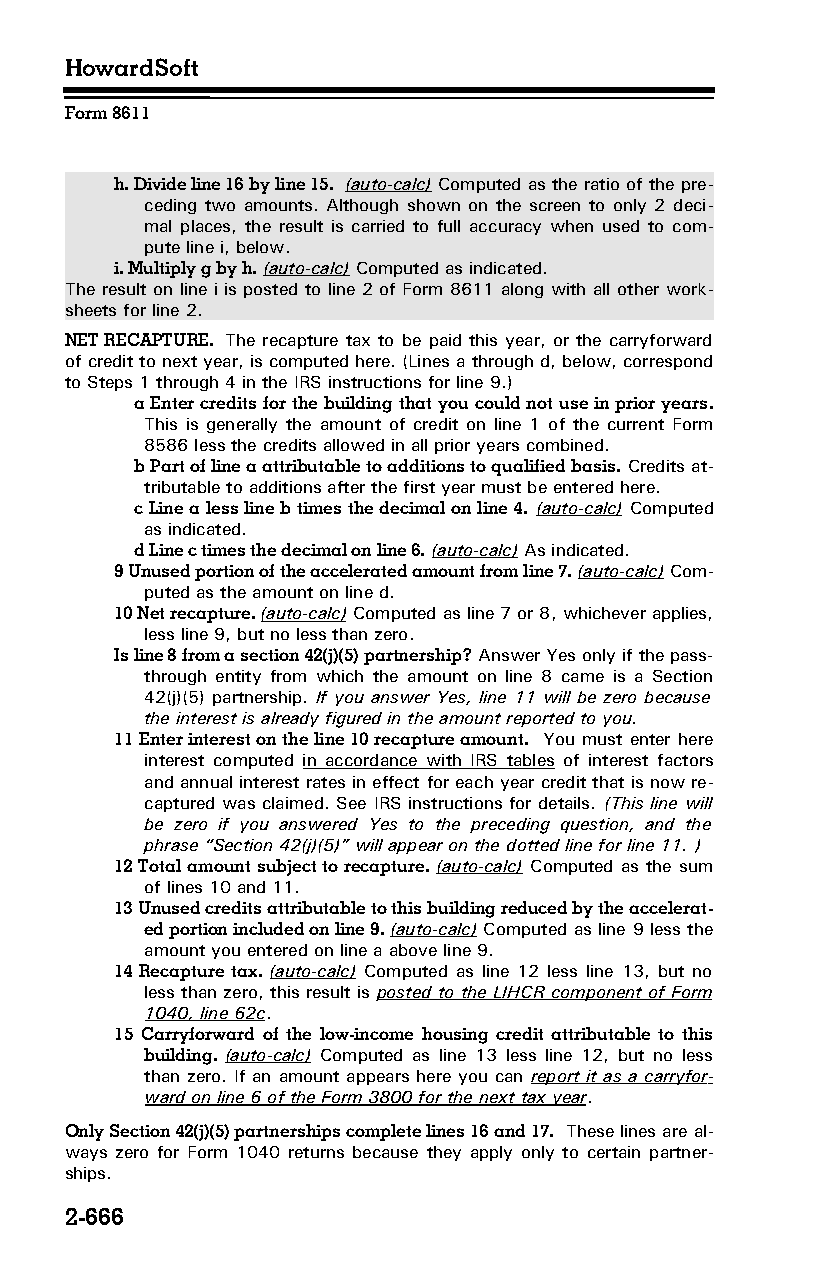
HowardSoft
 Form 8611
 h. Divide line 16 by line 15. (auto-calc) Computed as the ratio of the pre­
 ceding two amounts. Although shown on the screen to only 2 deci­
 mal places, the result is carried to full accuracy when used to com­
 pute line i, below.
 i. Multiply g by h. (auto-calc) Computed as indicated.
 The result on line i is posted to line 2 of Form 8611 along with all other work­
 sheets for line 2.
 NET RECAPTURE. The recapture tax to be paid this year, or the carryforward
 of credit to next year, is computed here. (Lines a through d, below, correspond
 to Steps 1 through 4 in the IRS instructions for line 9.)
 a Enter credits for the building that you could not use in prior years.
 This is generally the amount of credit on line 1 of the current Form
 8586 less the credits allowed in all prior years combined.
 b Part of line a attributable to additions to qualified basis. Credits at­
 tributable to additions after the first year must be entered here.
 c Line a less line b times the decimal on line 4. (auto-calc) Computed
 as indicated.
 d Line c times the decimal on line 6. (auto-calc) As indicated.
 9 Unused portion of the accelerated amount from line 7. (auto-calc) Com­
 puted as the amount on line d.
 10 Net recapture. (auto-calc) Computed as line 7 or 8, whichever applies,
 less line 9, but no less than zero.
 Is line 8 from a section 42(j)(5) partnership? Answer Yes only if the pass-
 through entity from which the amount on line 8 came is a Section
 42(j)(5) partnership. If you answer Yes, line 11 will be zero because
 the interest is already figured in the amount reported to you.
 11 Enter interest on the line 10 recapture amount. You must enter here
 interest computed in accordance with IRS tables of interest factors
 and annual interest rates in effect for each year credit that is now re­
 captured was claimed. See IRS instructions for details. (This line will
 be zero if you answered Yes to the preceding question, and the
 phrase “Section 42(j)(5)” will appear on the dotted line for line 11. )
 12 Total amount subject to recapture. (auto-calc) Computed as the sum
 of lines 10 and 11.
 13 Unused credits attributable to this building reduced by the accelerat­
 ed portion included on line 9. (auto-calc) Computed as line 9 less the
 amount you entered on line a above line 9.
 14 Recapture tax. (auto-calc) Computed as line 12 less line 13, but no
 less than zero, this result is posted to the LIHCR component of Form
 1040, line 62c.
 15 Carryforward of the low-income housing credit attributable to this
 building. (auto-calc) Computed as line 13 less line 12, but no less
 than zero. If an amount appears here you can report it as a carryfor­
 ward on line 6 of the Form 3800 for the next tax year.
 Only Section 42(j)(5) partnerships complete lines 16 and 17. These lines are al­
 ways zero for Form 1040 returns because they apply only to certain partner­
 ships.
 2-666